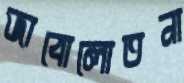
জাবোলোতনা